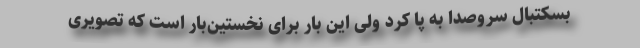
بسکتبال سروصدا به پا کرد ولی این بار برای نخستین‌بار است که تصویری